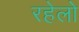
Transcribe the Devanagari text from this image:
रहेलो